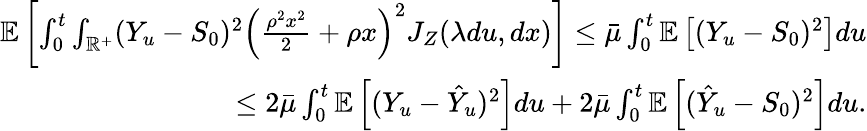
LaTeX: \begin{array}{r}{\mathbb{E}\left[\int_{0}^{t}\int_{\mathbb{R}^{+}}(Y_{u}-S_{0})^{2}\left(\frac{\rho^{2}x^{2}}{2}+\rho x\right)^{2}J_{Z}(\lambda du,dx)\right]\leq\bar{\mu}\int_{0}^{t}\mathbb{E}\left[(Y_{u}-S_{0})^{2}\right]du}\\ {\leq 2\bar{\mu}\int_{0}^{t}\mathbb{E}\left[(Y_{u}-\hat{Y}_{u})^{2}\right]du+2\bar{\mu}\int_{0}^{t}\mathbb{E}\left[(\hat{Y}_{u}-S_{0})^{2}\right]du.}\end{array}